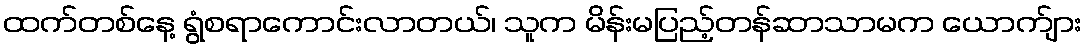
ထက်တစ်နေ့ ရွံစရာကောင်းလာတယ်၊ သူက မိန်းမပြည့်တန်ဆာသာမက ယောက်ျား